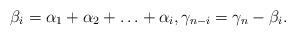
LaTeX: \begin{align*} \beta_i = \alpha_1 + \alpha_2 + \ldots + \alpha_i, \gamma_{n-i} = \gamma_n - \beta_i. \end{align*}